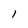
Character: l